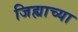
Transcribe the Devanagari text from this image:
जिह्याच्‍या